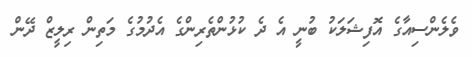
ވެލެންސިއާގެ އޮފިޝަލަކު ބުނީ އެ ދެ ކުޅުންތެރިންގެ އެދުމުގެ މަތިން ރިލީޒް ދޭން